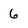
Character: 6